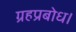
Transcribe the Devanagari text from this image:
ग्रहप्रबोध।